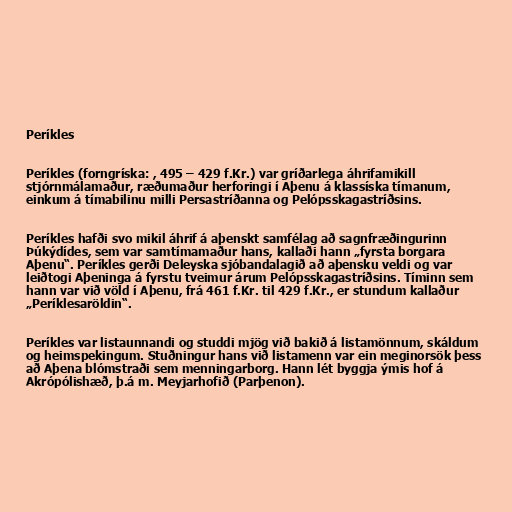
Períkles

Períkles (forngríska: , 495 – 429 f.Kr.) var gríðarlega áhrifamikill
stjórnmálamaður, ræðumaður herforingi í Aþenu á klassíska tímanum,
einkum á tímabilinu milli Persastríðanna og Pelópsskagastríðsins.

Períkles hafði svo mikil áhrif á aþenskt samfélag að sagnfræðingurinn
Þúkýdídes, sem var samtímamaður hans, kallaði hann „fyrsta borgara
Aþenu“. Períkles gerði Deleyska sjóbandalagið að aþensku veldi og var
leiðtogi Aþeninga á fyrstu tveimur árum Pelópsskagastríðsins. Tíminn sem
hann var við völd í Aþenu, frá 461 f.Kr. til 429 f.Kr., er stundum kallaður
„Períklesaröldin“.

Períkles var listaunnandi og studdi mjög við bakið á listamönnum, skáldum
og heimspekingum. Stuðningur hans við listamenn var ein meginorsök þess
að Aþena blómstraði sem menningarborg. Hann lét byggja ýmis hof á
Akrópólishæð, þ.á m. Meyjarhofið (Parþenon).